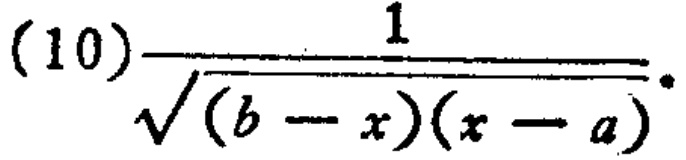
(10)$\frac{1}{\sqrt{(b - x)(x - a)}}$